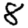
Digit: 8